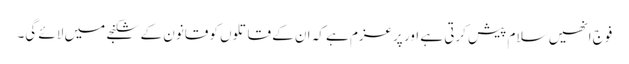
فوج انھیں سلام پیش کرتی ہے اور پرعزم ہے کہ ان کے قاتلوں کو قانون کے شکنجے میں لائے گی۔